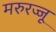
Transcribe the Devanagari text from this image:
मरुरज्जू